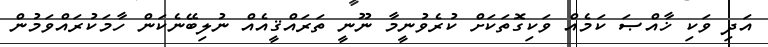
އަދި ވަކި ޚާއްޞަ ކަމެއް ވަކިގޮތަކަށް ކުރެވުނީމާ ނޫނީ ތަރައްޤީއެއް ނުލިބޭނެކަން ހާމަކުރައްވަމުން